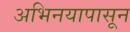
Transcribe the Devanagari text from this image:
अभिनयापासून